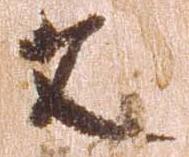
文